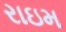
રાઇમ